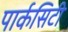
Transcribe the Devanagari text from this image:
पार्कसिटी